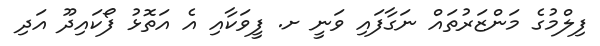
ފިލްމުގެ މަންޒަރުތައް ނަގާފައި ވަނީ ށ. ފީވަކާއި އެ އަތޮޅު ފޯކައިދޫ އަދި